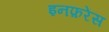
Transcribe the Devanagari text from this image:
इनफ़रेंस